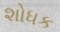
શોધક